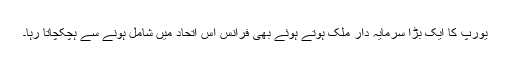
یورپ کا ایک بڑا سرمایہ دار ملک ہوتے ہوئے بھی فرانس اس اتحاد میں شامل ہونے سے ہچکچاتا رہا۔